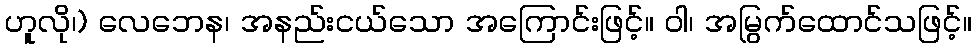
ဟူလို၊) လေဘေန၊ အနည်းငယ်သော အကြောင်းဖြင့်။ ဝါ၊ အမြွက်ထောင်သဖြင့်။